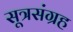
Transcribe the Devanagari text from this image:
सूत्रसंग्रह